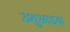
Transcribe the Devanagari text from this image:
उशुआइया